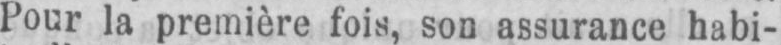
Pour la première fois, son assurance habi-